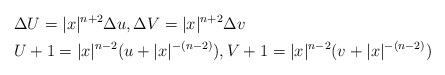
LaTeX: \begin{align*} &\Delta U=|x|^{n+2} \Delta u, \Delta V=|x|^{n+2} \Delta v\\ &U+1=|x|^{n-2} (u+|x|^{-(n-2)} ), V+1=|x|^{n-2} (v+|x|^{-(n-2)} ) \end{align*}